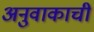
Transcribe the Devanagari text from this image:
अनुवाकाची